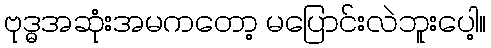
ဗုဒ္ဓအဆုံးအမကတော့ မပြောင်းလဲဘူးပေါ့။